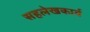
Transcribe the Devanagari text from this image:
सहलेखकार्य